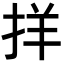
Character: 𪭰